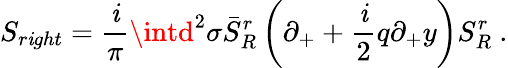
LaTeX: S_{r\mathit{i}ght}=\frac{\mathit{i}}{\pi}\intd^{2}\sigma\bar{{S}}_{R}^{r}\left(\partial_{+}+\frac{\mathit{i}}{2}q\partial_{+}y\right)S_{R}^{r}\ .